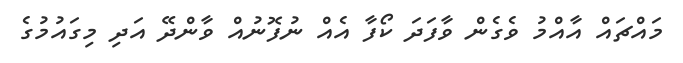
މައްޗައް އާއްމު ވެގެން ވާފަދަ ކޯފާ އެއް ނުފޮނުއް ވާންދޭ އަދި މިގައުމުގެ